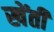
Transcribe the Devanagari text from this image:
खेंती